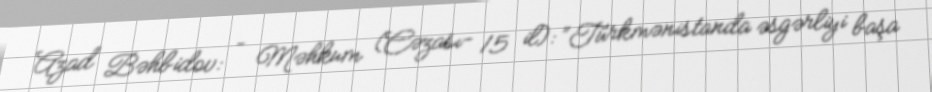
Azad Bəhbidov: – Məhkum (Cəzası- 15 il): “Türkmənistanda əsgərliyi başa